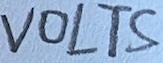
Text: VOLTS